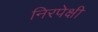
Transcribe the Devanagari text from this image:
निरपेक्षी